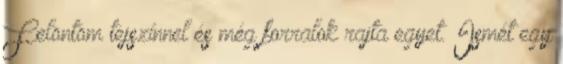
Felöntöm tejszínnel és még forralok rajta egyet. Ismét egy